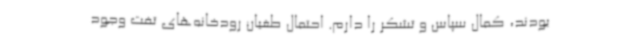
بودند، کمال سپاس و تشکر را دارم. احتمال طغیان رودخانه‌های تفت وجود